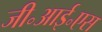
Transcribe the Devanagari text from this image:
जी॰आई॰एस